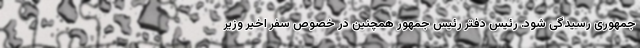
جمهوری رسیدگی شود. رئیس دفتر رئیس جمهور همچنین در خصوص سفر اخیر وزیر